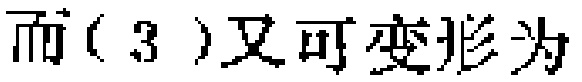
而(3)又可变形为